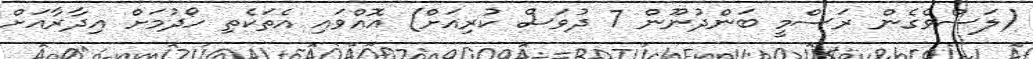
(ލަސްވެގެން ރަސްމީ ބަންދުނޫން 7 ދުވަސް ކުރިއަށް) އޮއްވައި އެތަކެތި ހޯދުމަށް އިދާރާއަށް